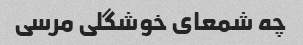
چه شمعای خوشگلی مرسی